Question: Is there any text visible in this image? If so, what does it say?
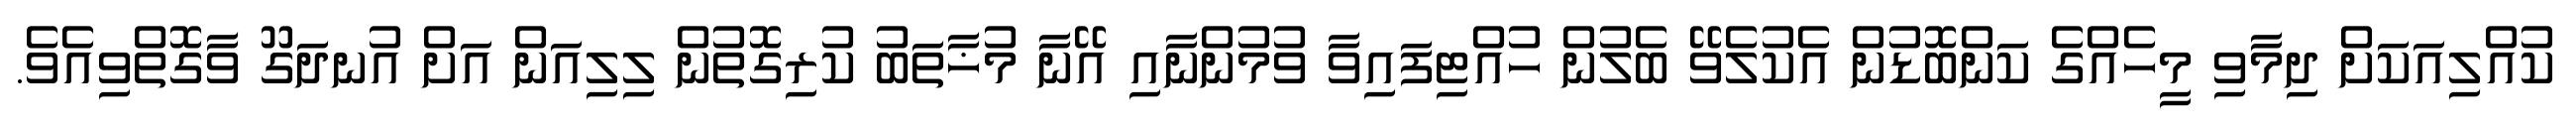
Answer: ކުއްލިއަކަށް ދިމާވި މީހެއްގެ ކަންބޮޑުން އެކުލެވޭ ބެލުން ހުއްޓިފައިވާ ވުމުންނާއި އޭނާ މުޚާތަބު ކުރިގޮތުން ލިލިއަން އަށް އުނދަގޫ ވާގޮތްވިއެވެ.